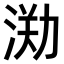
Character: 𣷃